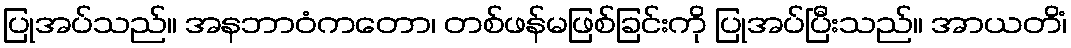
ပြုအပ်သည်။ အနဘာဝံကတော၊ တစ်ဖန်မဖြစ်ခြင်းကို ပြုအပ်ပြီးသည်။ အာယတိံ၊